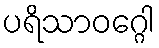
ပရိသာဝဂ္ဂေါ